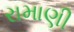
રામાણી